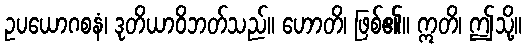
ဥပယောဂစနံ၊ ဒုတိယာဝိဘတ်သည်။ ဟောတိ၊ ဖြစ်၏။ ဣတိ၊ ဤသို့။